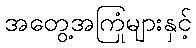
အတွေ့အကြုံများနှင့်